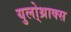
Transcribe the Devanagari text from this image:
युलो्थ्राक्स